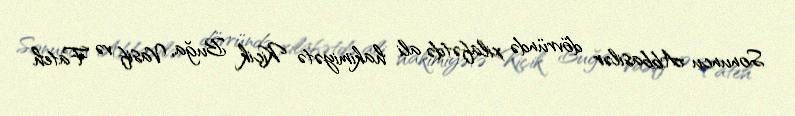
Sonuncu Abbasilər dövründə xilafətdə ali hakimiyətə Kiçik Buğa, Vasif və Fateh